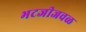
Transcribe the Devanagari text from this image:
भटजीजवळ